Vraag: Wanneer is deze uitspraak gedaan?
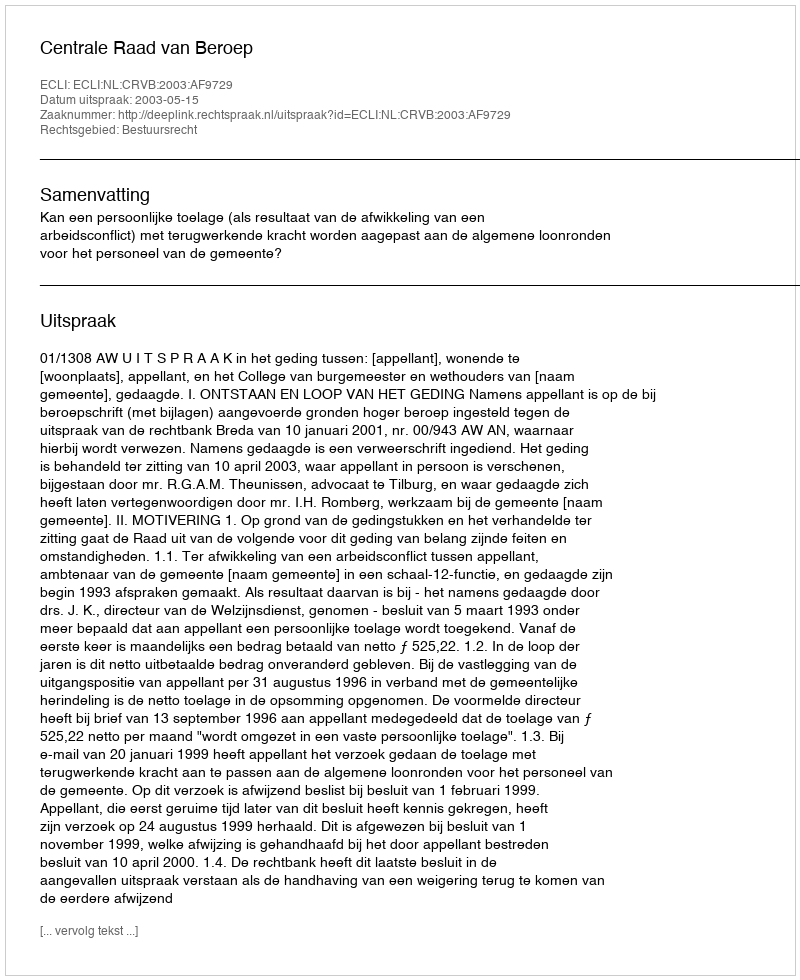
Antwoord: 2003-05-15